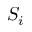
S _ { i }